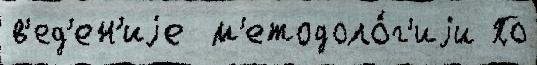
в'ед'ен'иjе  м'етодоло́г'иjи По